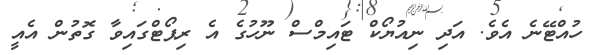
ހުއްޓޭނެ އެވެ. އަދި ނިއުޔޯކް ޓައިމްސް ނޫހުގެ އެ ރިޕޯޓްގައިވާ ގޮތުން އެއީ